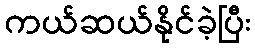
ကယ်ဆယ်နိုင်ခဲ့ပြီး